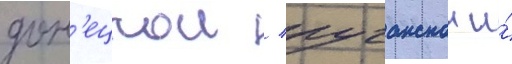
дон'ецкои / луганскои и́